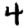
Digit: 4